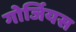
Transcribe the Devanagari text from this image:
गोर्जियस